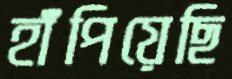
হাঁপিয়েছি